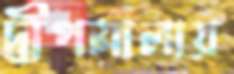
দ্বীপমালায়